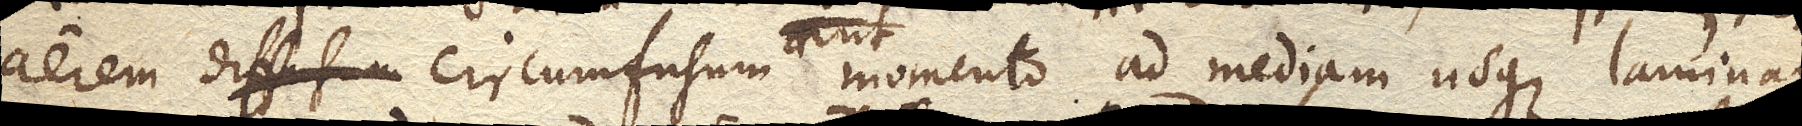
aerem diffusum circumfusum momento ad mediam usque laminam